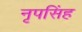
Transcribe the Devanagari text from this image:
नृपसिंह